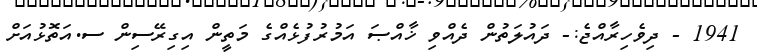
1941 - ދިވެހިރާއްޖެ:- ދައުލަތުން ދެއްވި ޚާއްޞަ އަމުރުފުޅެއްގެ މަތީން އިގިރޭސިން ސ.އަތޮޅުއަށް